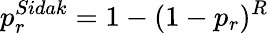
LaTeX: p_{r}^{Sidak}=1-(1-p_{r})^{R}